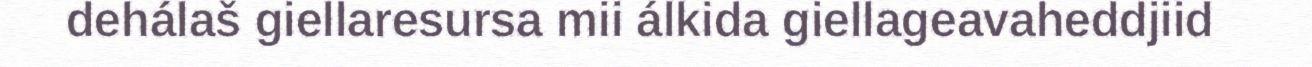
dehálaš giellaresursa mii álkida giellageavaheddjiid